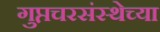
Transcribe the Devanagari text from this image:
गुप्तचरसंस्थेच्या